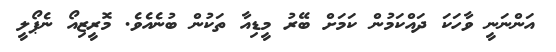
އަންނަނީ ވާހަކަ ދައްކަމުން ކަމަށް ބޭރު މީޑިއާ ތަކުން ބުނެއެވެ. މޮރީޒިއޯ ނެޕޯލީ